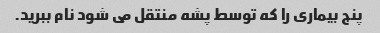
پنج بیماری را که توسط پشه منتقل می شود نام ببرید.